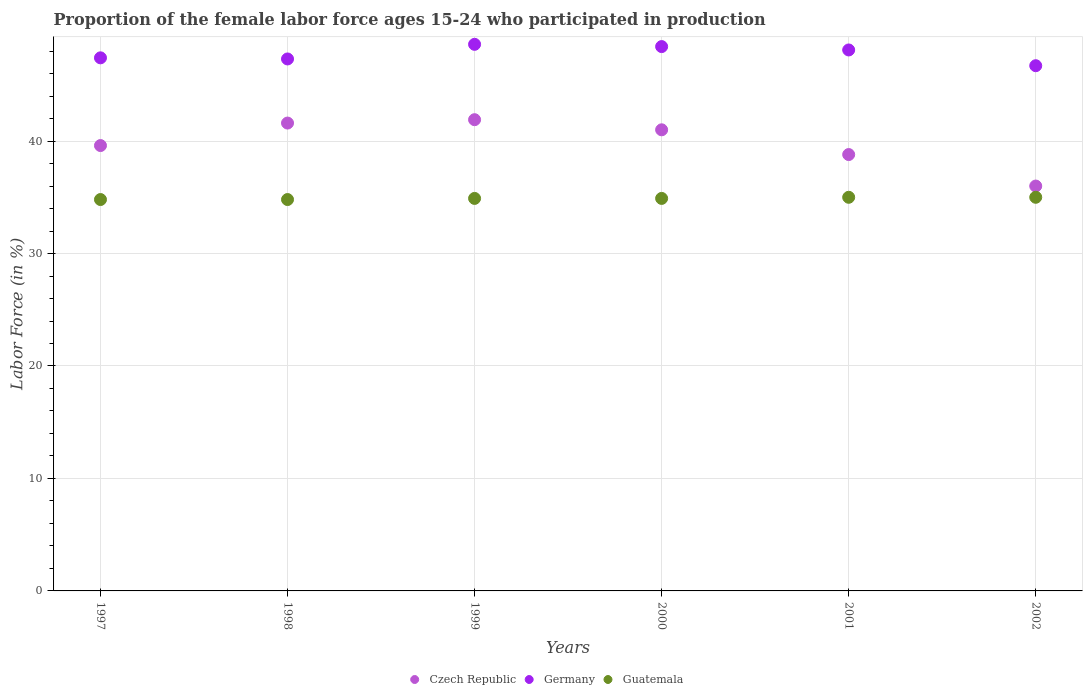
| Years | Czech Republic | Germany | Guatemala |
 | --- | --- | --- | --- |
 | 1997 | 39.6 | 47.4 | 34.8 |
 | 1998 | 41.6 | 47.3 | 34.8 |
 | 1999 | 41.9 | 48.6 | 34.9 |
 | 2000 | 41 | 48.4 | 34.9 |
 | 2001 | 38.8 | 48.1 | 35 |
 | 2002 | 36 | 46.7 | 35 |